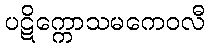
ပဋိက္ကောသမကေဝလီ